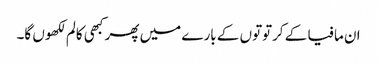
ان مافیا کے کرتوتوں کے بارے میں پھر کبھی کالم لکھوں گا۔